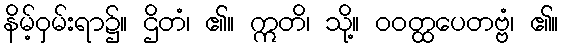
နိမ့်ဝှမ်းရာ၌။ ဌိတံ၊ ၏။ ဣတိ၊ သို့။ ဝဝတ္ထပေတဗ္ဗံ၊ ၏။